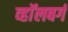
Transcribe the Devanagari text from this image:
व्हाॅलबर्ग